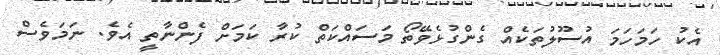
އެކު ހަމަހަމަ އުސޫލުތަކެއް ގެންގުޅެވޭތޯ މަސައްކަތް ކުރާ ކަމަށް ފެންނާތީ އެވެ. ނަމަވެސް